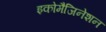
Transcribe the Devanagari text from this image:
इकोमैजिनेशन